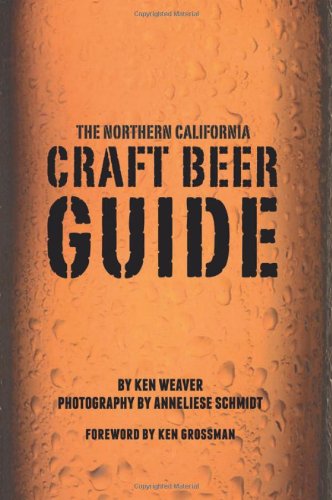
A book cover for The Northern California Craft Beer Guide; Ken Weaver; Cookbooks, Food & Wine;